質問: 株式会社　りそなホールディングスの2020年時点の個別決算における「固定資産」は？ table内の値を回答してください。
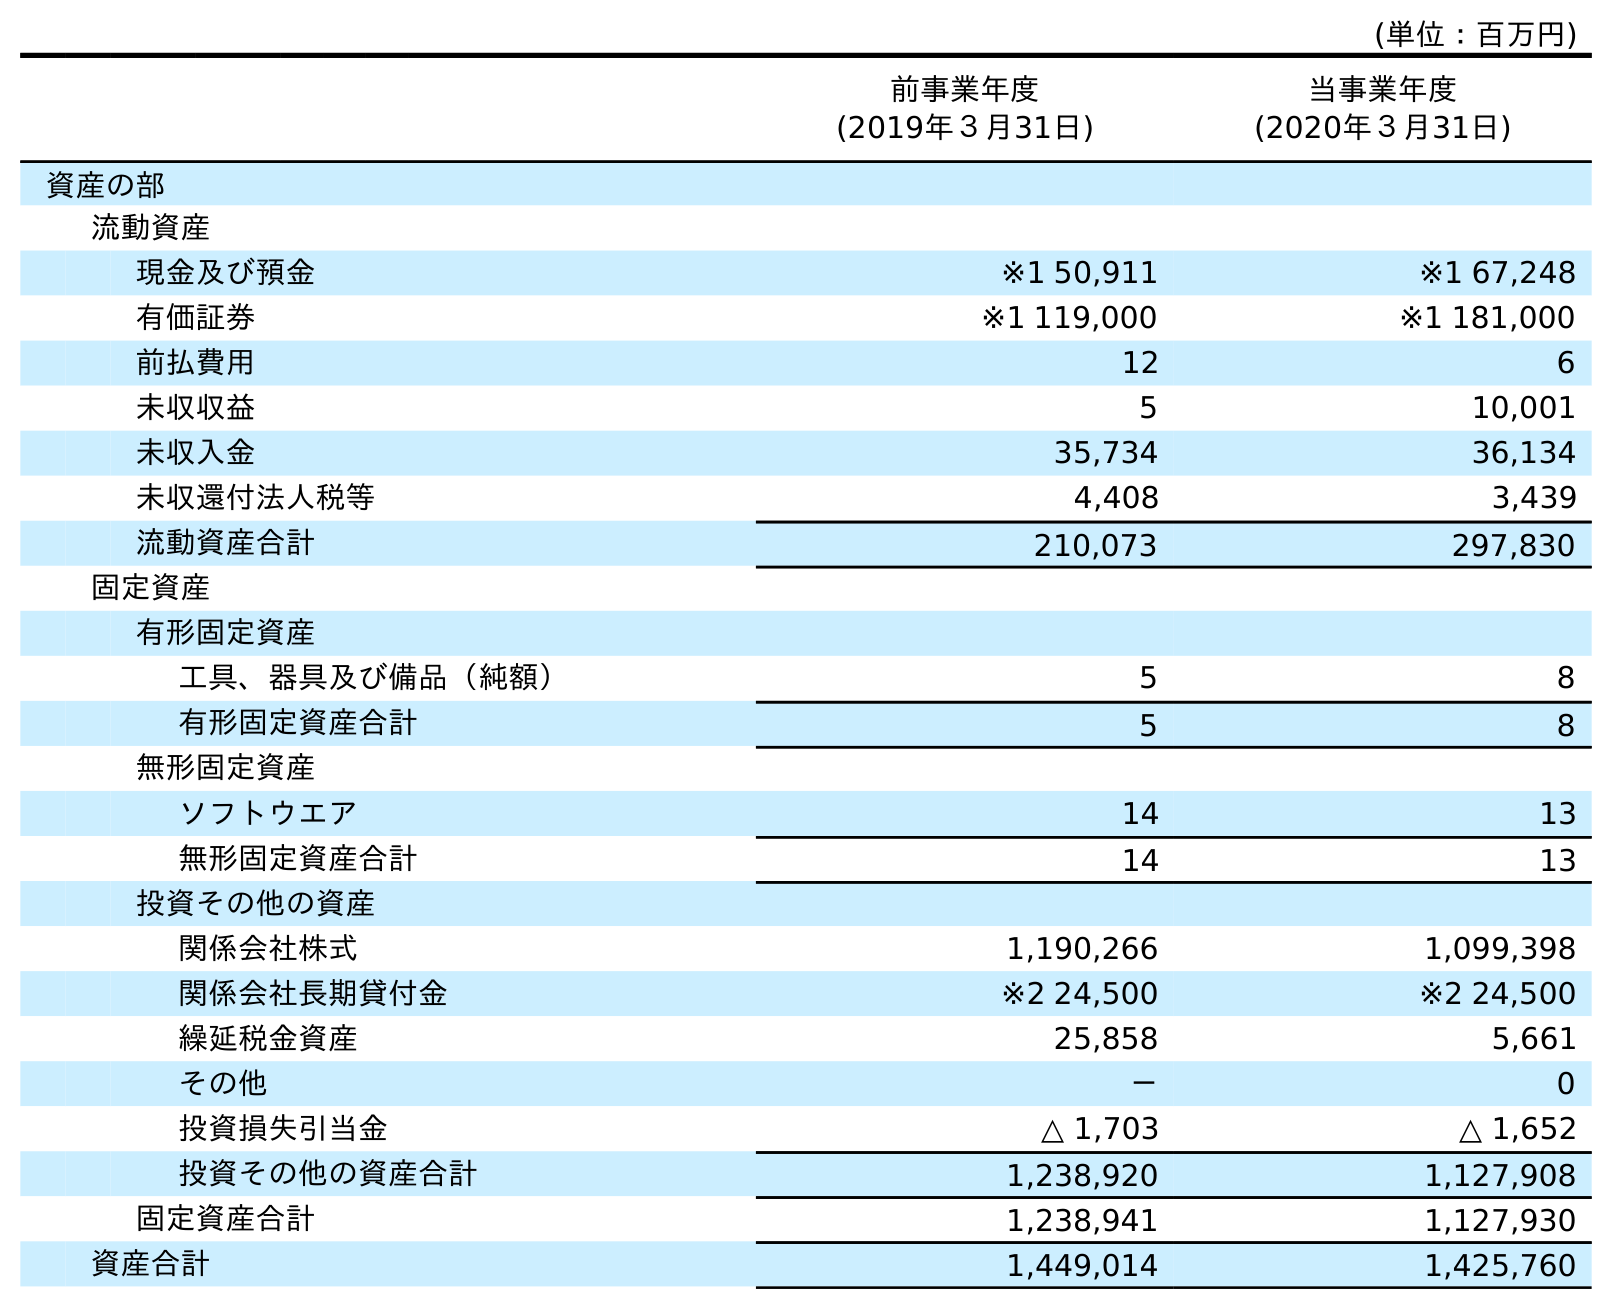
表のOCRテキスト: (単位：百万円) 前事業年度 (2019年３月31日) 当事業年度 (2020年３月31日) 資産の部 流動資産 現金及び預金 ※1 50,911 ※1 67,248 有価証券 ※1 119,000 ※1 181,000 前払費用 12 6 未収収益 5 10,001 未収入金 35,734 36,134 未収還付法人税等 4,408 3,439 流動資産合計 210,073 297,830 固定資産 有形固定資産 工具、器具及び備品（純額） 5 8 有形固定資産合計 5 8 無形固定資産 ソフトウエア 14 13 無形固定資産合計 14 13 投資その他の資産 関係会社株式 1,190,266 1,099,398 関係会社長期貸付金 ※2 24,500 ※2 24,500 繰延税金資産 25,858 5,661 その他 － 0 投資損失引当金 △ 1,703 △ 1,652 投資その他の資産合計 1,238,920 1,127,908 固定資産合計 1,238,941 1,127,930 資産合計 1,449,014 1,425,760
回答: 1,127,930